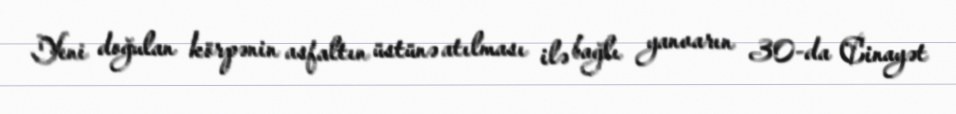
Yeni doğulan körpənin asfaltın üstünə atılması ilə bağlı yanvarın 30-da Cinayət